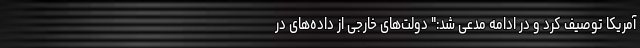
آمریکا توصیف کرد و در ادامه مدعی شد:" دولت‌های خارجی از داده‌های در